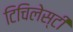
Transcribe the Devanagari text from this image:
टिचिलेस्टी